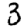
Digit: 3